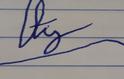
Signature authenticity: forged